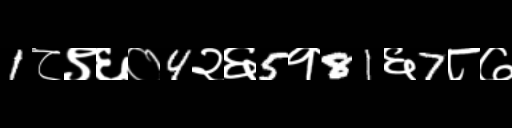
Text: 1८९६०4२६5१81६7८७